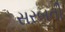
સરબતી